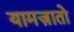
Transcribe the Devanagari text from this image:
यामज़ातो